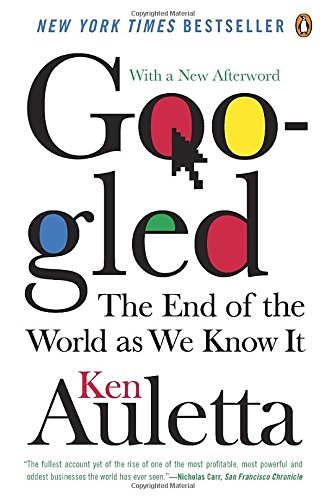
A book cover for Googled: The End of the World As We Know It; Ken Auletta; Computers & Technology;